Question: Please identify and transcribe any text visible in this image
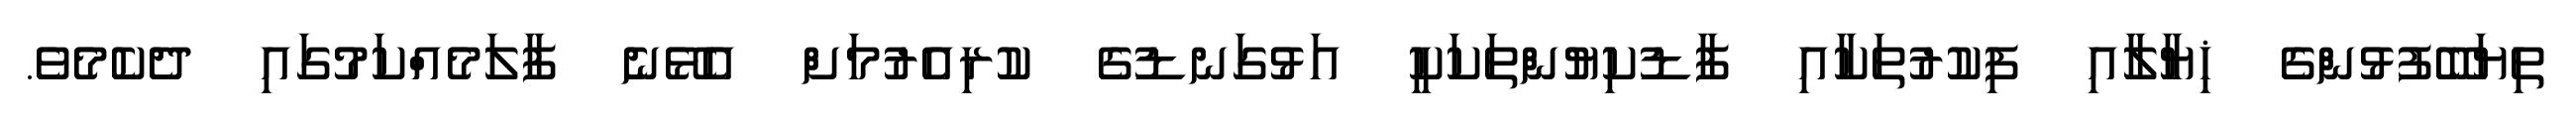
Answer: ތިޔަބޭފުޅުންގެ ޚިޔާލާއި ފިކުރުތަކާއި ފާޑުކިޔުންތަކަކީ އަޅުގަނޑުގެ ކުރިއެރުމަށް އެޅޭނެ ފާލަމެއްކަމުގައި ދެކެމެވެ.